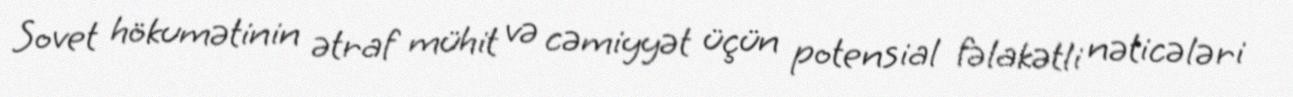
Sovet hökumətinin ətraf mühit və cəmiyyət üçün potensial fəlakətli nəticələri